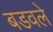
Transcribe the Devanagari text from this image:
बडवले